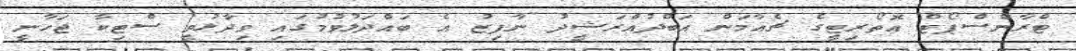
ޓްރާންސްޕޯޓް އޮތޯރިޓީގެ ޗެއާމަން އަބްދުުއްރަޝީދު ނާފިޒު އެ ބައްދަލުވުމުގައި ވިދާޅުވީ ސްޓިކާ ޖަހާނީ